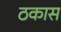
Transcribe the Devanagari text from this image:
ठकास